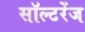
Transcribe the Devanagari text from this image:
सॉल्टरेंज